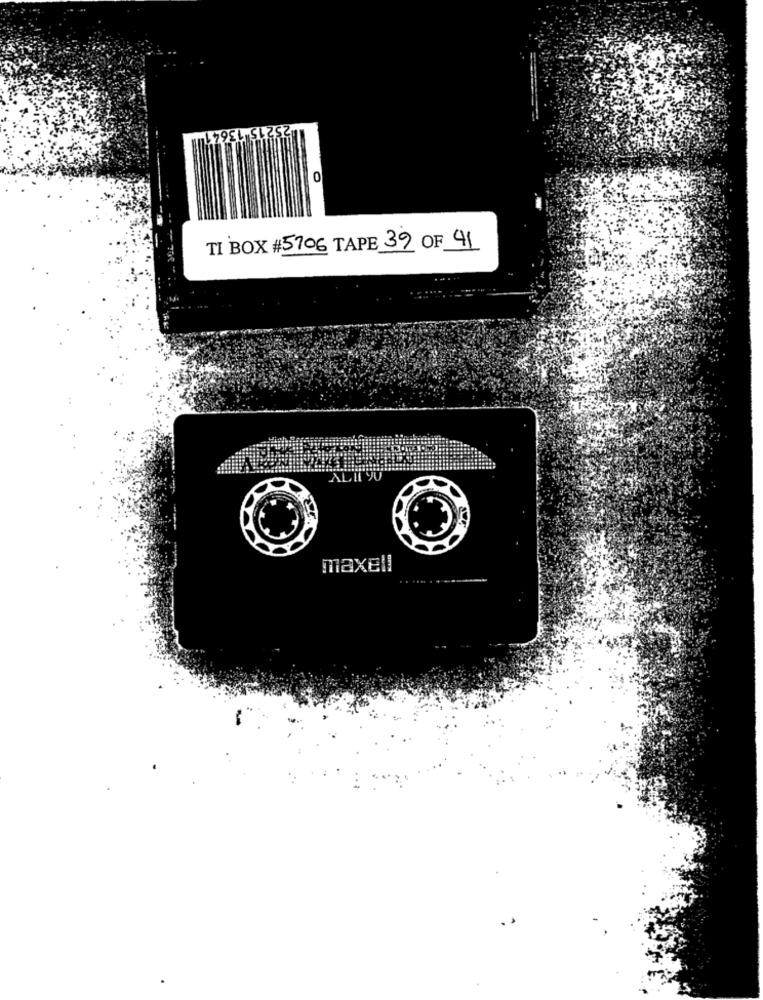
25215 13641
0
TI BOX #5706 TAPE 39 OF 41
maxell